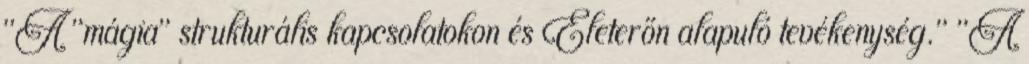
"A "mágia" strukturális kapcsolatokon és Életerőn alapuló tevékenység." "A